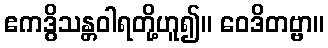
ဧကဒွိသန္တဝါရတို့ဟူ၍။ ဝေဒိတဗ္ဗာ။